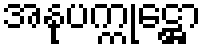
အနုပက္ကုဋ္ဌော